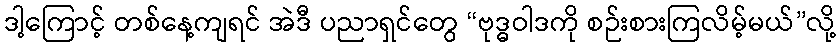
ဒါ့ကြောင့် တစ်နေ့ကျရင် အဲဒီ ပညာရှင်တွေ “ဗုဒ္ဓဝါဒကို စဉ်းစားကြလိမ့်မယ်”လို့